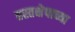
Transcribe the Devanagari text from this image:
हस्तक्षेपाच्या